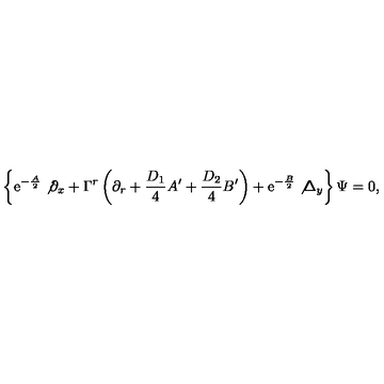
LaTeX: \left\{ \mathrm { e } ^ { - \frac { A } { 2 } } \not { \partial } _ { x } + \Gamma ^ { r } \left( \partial _ { r } + { \frac { D _ { 1 } } { 4 } } A ^ { \prime } + { \frac { D _ { 2 } } { 4 } } B ^ { \prime } \right) + \mathrm { e } ^ { - { \frac { B } { 2 } } } \not { \Delta } _ { y } \right\} \Psi = 0 ,